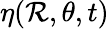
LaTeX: \eta(\mathcal{R},\theta,t)